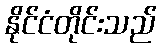
နိုင်ငံတိုင်းသည်